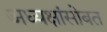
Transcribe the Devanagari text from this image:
अध्यक्षांसोबत